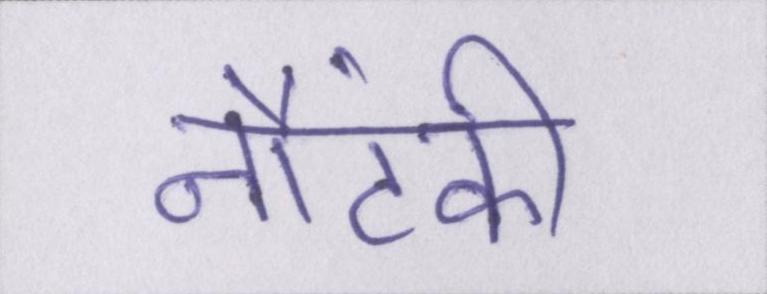
नौटंकी